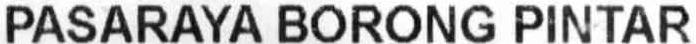
PASARAYA BORONG PINTAR